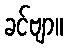
ခင်ဗျာ။